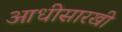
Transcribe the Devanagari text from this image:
आधीसारखी